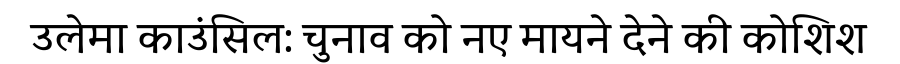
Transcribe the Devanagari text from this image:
उलेमा काउंसिल: चुनाव को नए मायने देने की कोशिश